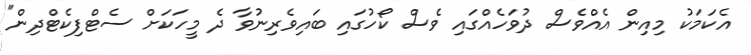
އެކަމަކު މިއިން އެއްވެސް ދުވަހެއްގައި ވެސް ކޯހުގައި ބައިވެރިނުވާ ދެ މީހަކަށް ސެޓްފިކެޓްދިން"